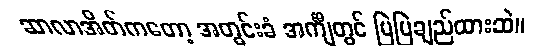
ဆာလာအိတ်ကတော့ အတွင်းခံ အင်္ကျီတွင် မြဲမြဲချည်ထားဆဲ။